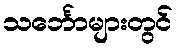
သင်္ဘောများတွင်